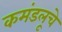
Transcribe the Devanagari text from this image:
कमंडलूचे